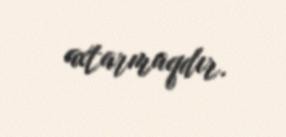
axtarmaqdır.